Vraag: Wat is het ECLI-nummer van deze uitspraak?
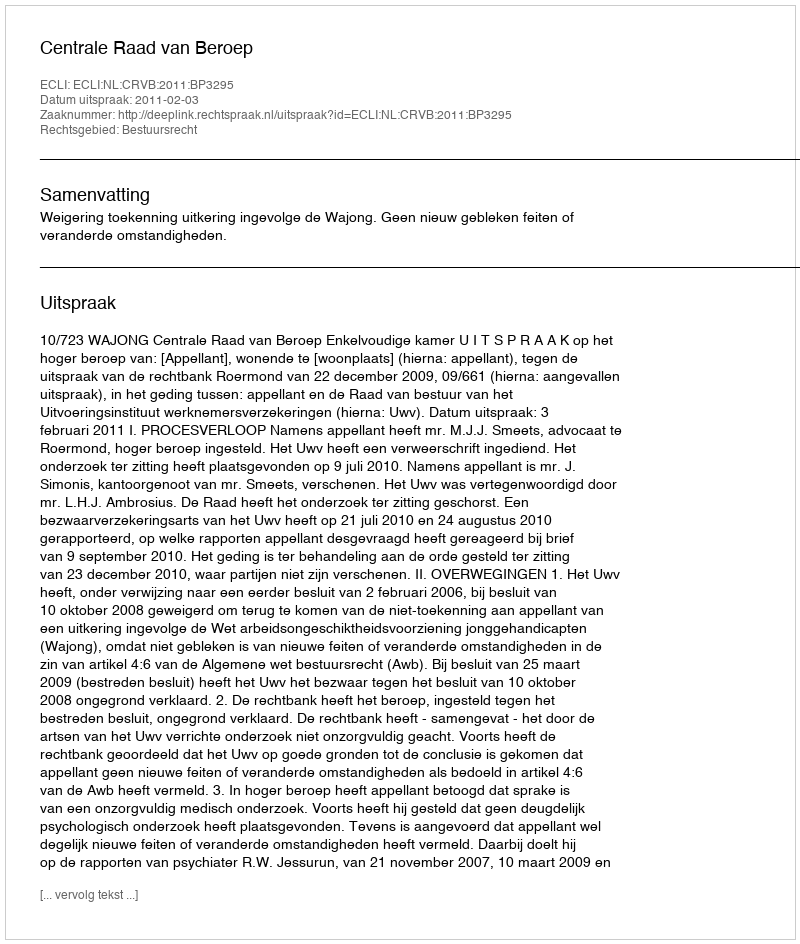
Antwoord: ECLI:NL:CRVB:2011:BP3295